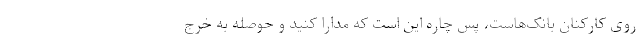
روی کارکنان بانک‌هاست، پس چاره این است که مدارا کنید و حوصله به خرج